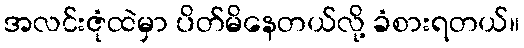
အလင်းဇုံထဲမှာ ပိတ်မိနေတယ်လို့ ခံစားရတယ်။